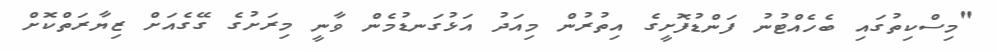
"މިސްކިތުގައި ބެހެއްޓުނު ފަންޑުފޮށީގެ އިތުރުން މިއަދު އަޅުގަނޑުމެން ވާނީ މިރަށުގެ ގޭގެއަށް ޒިޔާރަތްކޮށް